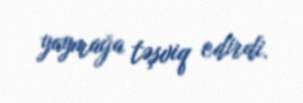
yaymağa təşviq edirdi.